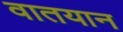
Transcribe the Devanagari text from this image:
वातयान